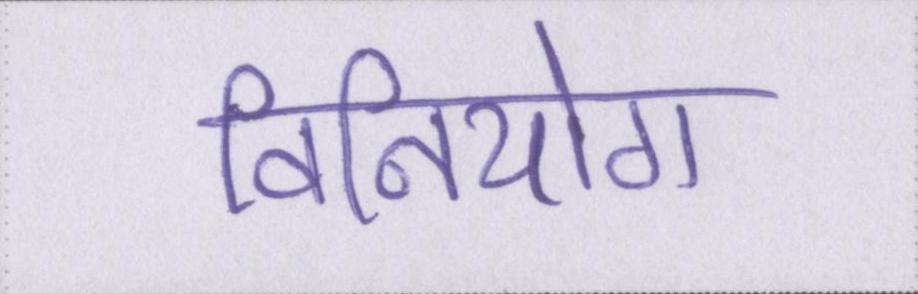
विनियोग